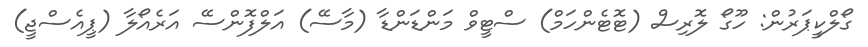
ގޯލްކީޕަރުން: ހޫގޯ ލޮރިސް (ޓޮޓެންހަމް) ސްޓީވް މަންޑަންޑާ (މާސޭ) އަލްފޮންސޭ އަރެއޯލާ (ޕީއެސްޖީ)